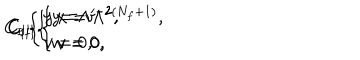
C _ { \mathrm { I } } \left\{ \begin{array} { l } { { y = \Lambda ^ { \prime - 2 } , } } \\ { { v = 0 , } } \\ \end{array} \right. \hspace { 1 c m } C _ { \mathrm { I I } } \left\{ \begin{array} { l } { { y = v ^ { - 2 } , } } \\ { { w = 0 , } } \\ \end{array} \right. \hspace { 1 c m } C _ { \mathrm { I I I } } \left\{ \begin{array} { l } { { x = \Lambda ^ { 2 ( N _ { f } + 1 ) } , } } \\ { { v = 0 , } } \\ \end{array} \right.